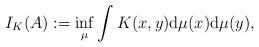
LaTeX: \begin{align*}I_K(A):=\inf_\mu \int K(x,y) \textup{d}\mu(x) \textup{d}\mu(y),\end{align*}